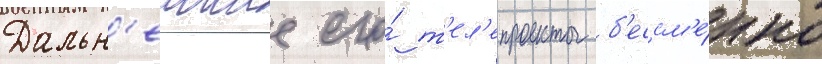
Дальн'еишие его́ т'ел'епроекты б'ессм'е́нно